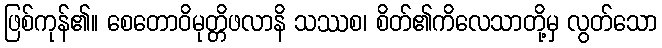
ဖြစ်ကုန်၏။ စေတောဝိမုတ္တိဖလာနိ သဿစ၊ စိတ်၏ကိလေသာတို့မှ လွတ်သော